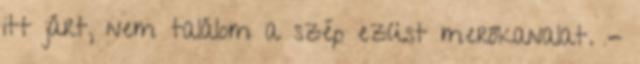
itt járt, nem találom a szép ezüst merőkanalat. -